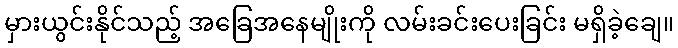
မှားယွင်းနိုင်သည့် အခြေအနေမျိုးကို လမ်းခင်းပေးခြင်း မရှိခဲ့ချေ။